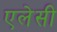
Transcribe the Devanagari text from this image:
एलेसी